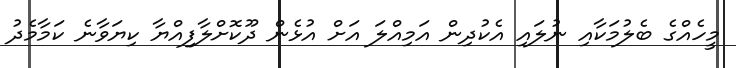
މީހެއްގެ ބެލުމަކާއި ނުލައި އެކުދިން އަމިއްލަ އަށް އުޅެން ދޫކޮށްލާފިއްޔާ ކިޔަވާނެ ކަމާމެދު